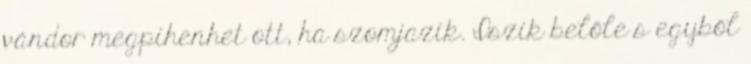
vándor megpihenhet ott, ha szomjazik. Iszik belőle s egyből